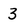
Character: 3